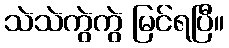
သဲသဲကွဲကွဲ မြင်ရပြီ။